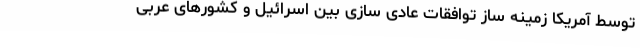
توسط آمریکا زمینه ساز توافقات عادی سازی بین اسرائیل و کشورهای عربی